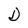
Character: D